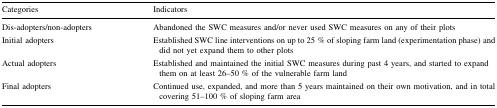
| Categories | Indicators |
 | --- | --- |
 | Dis-adopters/non-adopters | Abandoned the SWC measures and/or never used SWC measures on any of their plots |
 | Initial adopters | Established SWC line interventions on up to 25 % of sloping farm land (experimentation phase) and did not yet expand them to other plots |
 | Actual adopters | Established and maintained the initial SWC measures during past 4 years, and started to expand them on at least 26–50 % of the vulnerable farm land |
 | Final adopters | Continued use, expanded, and more than 5 years maintained on their own motivation, and in total covering 51–100 % of sloping farm area |